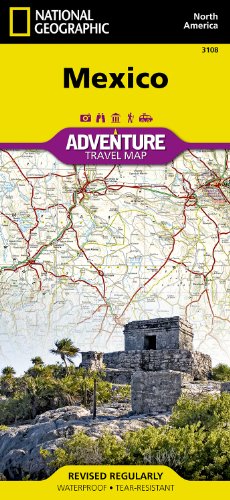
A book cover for Mexico (National Geographic Adventure Map); National Geographic Maps - Adventure; Travel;